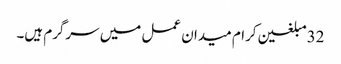
32مبلغین کرام میدان عمل میں سرگرم ہیں۔